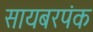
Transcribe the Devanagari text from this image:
सायबरपंक